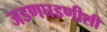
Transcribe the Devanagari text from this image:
जडणघडणीशी